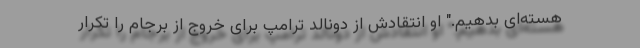
هسته‌ای بدهیم." او انتقادش از دونالد ترامپ برای خروج از برجام را تکرار